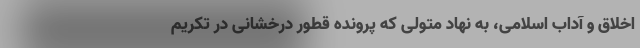
اخلاق و آداب اسلامی، به نهاد متولی که پرونده قطور درخشانی در تکریم